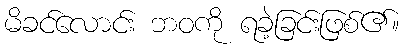
မိခင်လောင်း ဘဝကို ရခဲ့ခြင်းဖြစ်၏။